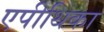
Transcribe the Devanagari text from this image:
एपीथिका